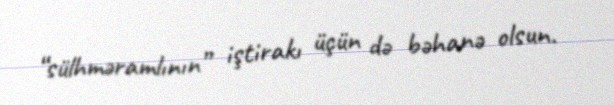
“sülhməramlının” iştirakı üçün də bəhanə olsun.